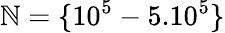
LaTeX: \mathbb{N}=\{ 10^{5}-5.10^{5}\}